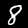
Digit: 8